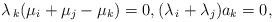
LaTeX: \begin{align*} \lambda_{\,k}(\mu_i+\mu_j-\mu_k) = 0, (\lambda_{\,i}+\lambda_j)a_k=0,\end{align*}